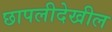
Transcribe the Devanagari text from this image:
छापलीदेखील